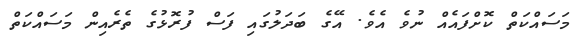
މަސައްކަތް ކޮށްފައެއް ނުވެ އެވެ. އޭގެ ބަދަލުގައި ފަސް ފުރޮޅުގެ ތެރެއިން މަސައްކަތް